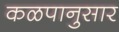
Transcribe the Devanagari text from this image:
कळपानुसार